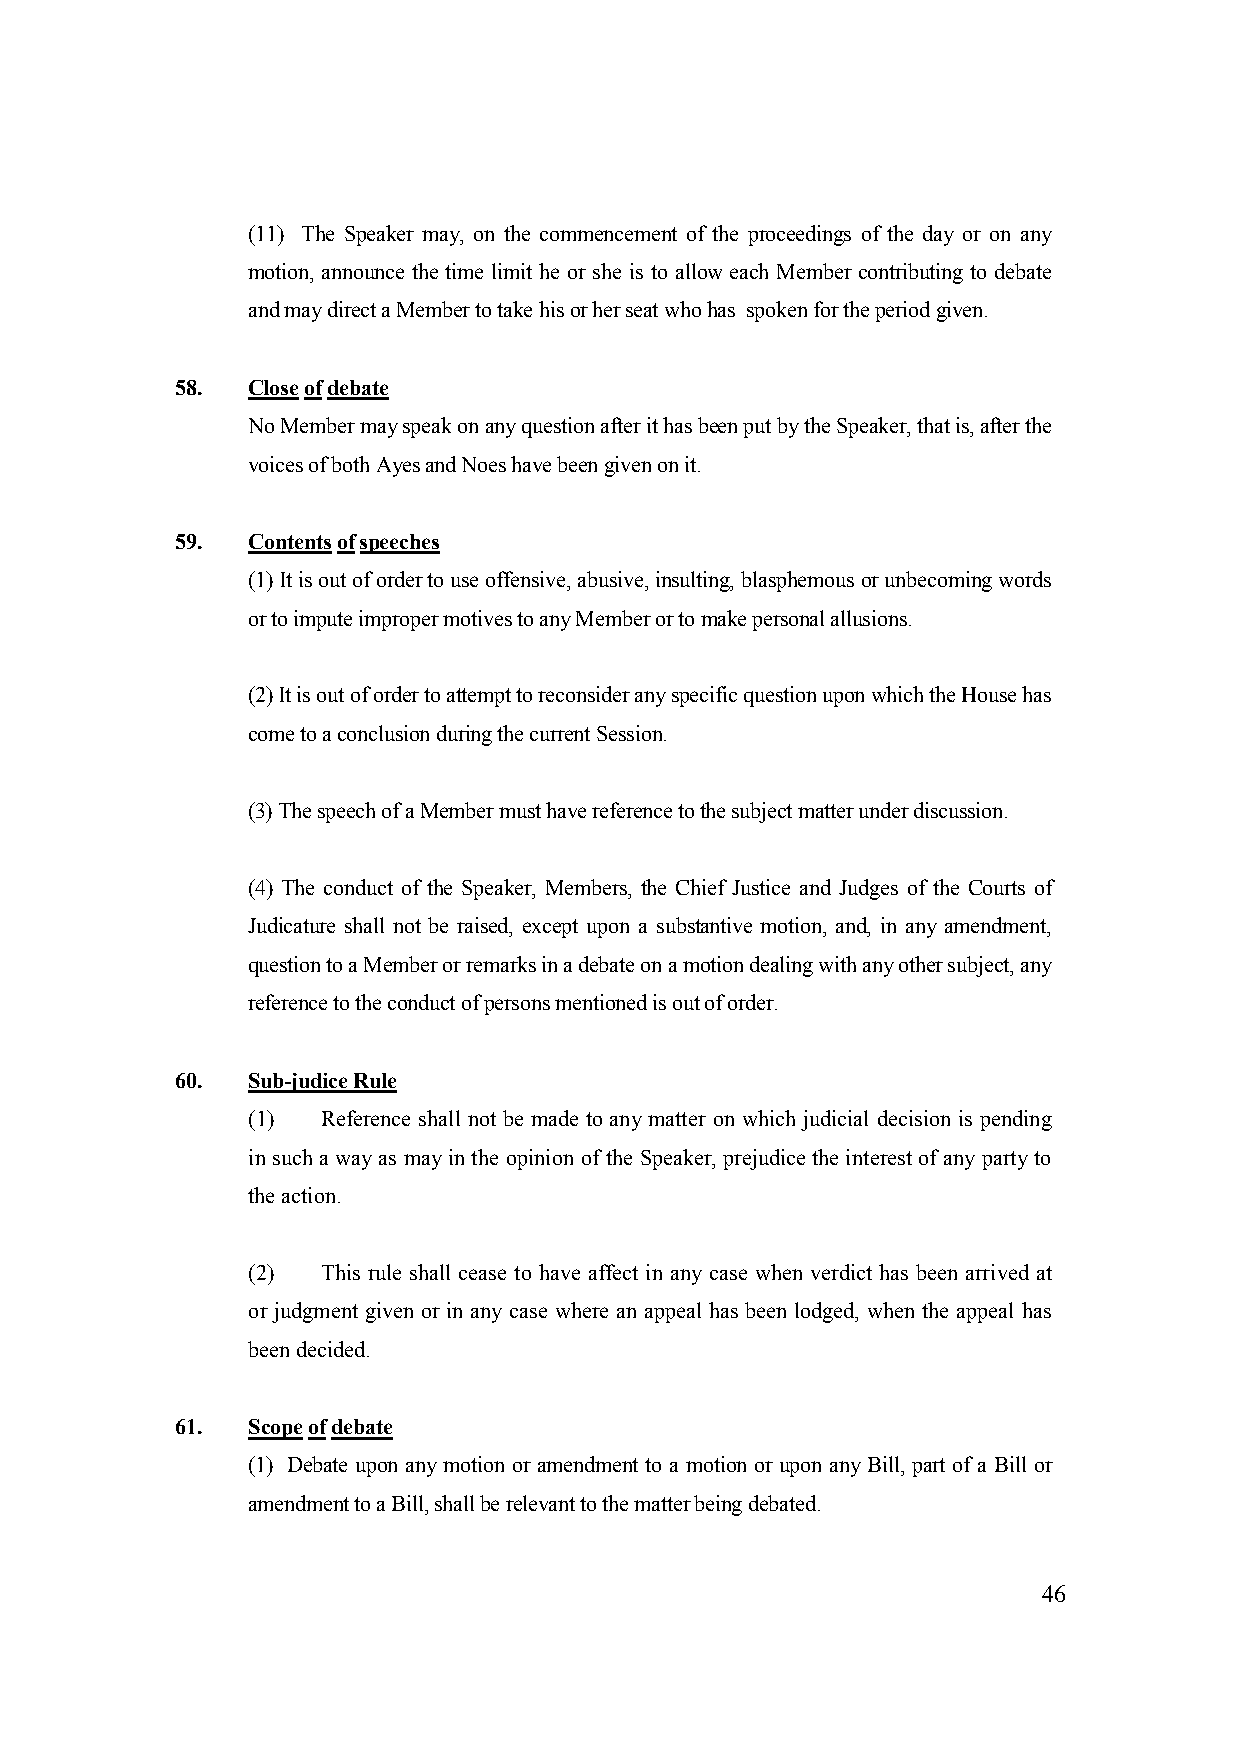
(11) The Speaker may, on the commencement of the proceedings of the day or on any
 motion, announce the time limit he or she is to allow each Member contributing to debate
 and may direct a Member to take his or her seat who has spoken for the period given.
 58. Close of debate
 No Member may speak on any question after it has been put by the Speaker, that is, after the
 voices of both Ayes and Noes have been given on it.
 59. Contents of speeches
 (1) It is out of order to use offensive, abusive, insulting, blasphemous or unbecoming words
 or to impute improper motives to any Member or to make personal allusions.
 (2) It is out of order to attempt to reconsider any specific question upon which the House has
 come to a conclusion during the current Session.
 (3) The speech of a Member must have reference to the subject matter under discussion.
 (4) The conduct of the Speaker, Members, the Chief Justice and Judges of the Courts of
 Judicature shall not be raised, except upon a substantive motion, and, in any amendment,
 question to a Member or remarks in a debate on a motion dealing with any other subject, any
 reference to the conduct of persons mentioned is out of order.
 60. Sub-judice Rule
 (1)  Reference shall not be made to any matter on which judicial decision is pending
 in such a way as may in the opinion of the Speaker, prejudice the interest of any party to
 the action.
 (2)  This rule shall cease to have affect in any case when verdict has been arrived at
 or judgment given or in any case where an appeal has been lodged, when the appeal has
 been decided.
 61. Scope of debate
 (1) Debate upon any motion or amendment to a motion or upon any Bill, part of a Bill or
 amendment to a Bill, shall be relevant to the matter being debated.
 46